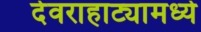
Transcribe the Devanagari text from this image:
देवराहाट्यामध्ये